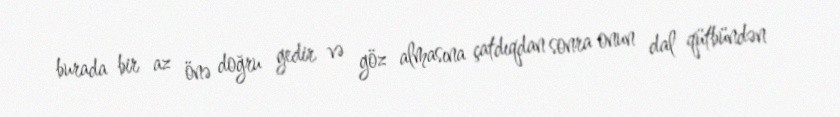
burada bir az önə doğru gedir və göz almasına çatdıqdan sonra onun dal qütbündən